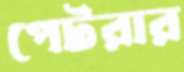
পেটরার